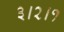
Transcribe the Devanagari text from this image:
३।२।१